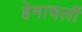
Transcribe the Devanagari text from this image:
हेमाचलीं